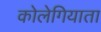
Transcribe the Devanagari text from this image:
कोलेगियाता